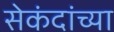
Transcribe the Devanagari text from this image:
सेकंदांच्या